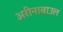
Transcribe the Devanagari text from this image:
अरीनाबाउल